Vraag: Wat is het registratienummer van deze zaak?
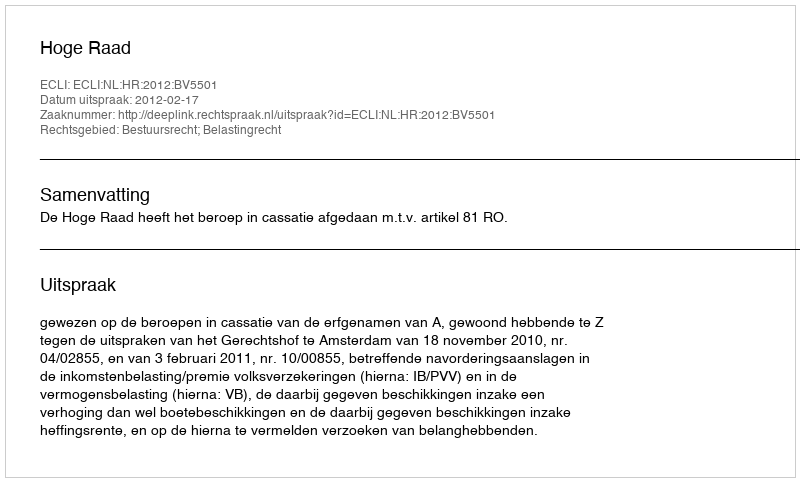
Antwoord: http://deeplink.rechtspraak.nl/uitspraak?id=ECLI:NL:HR:2012:BV5501